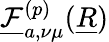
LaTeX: \underline{{\mathcal{F}}}_{a,\nu\mu}^{(p)}(\underline{{R}})